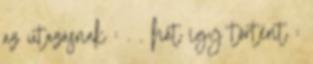
az utazásnak : . . hát így történt :